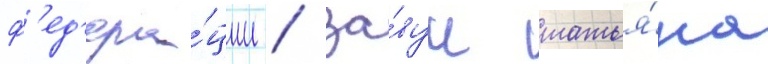
ф'ед'ера́ции / за́вуч татья́на